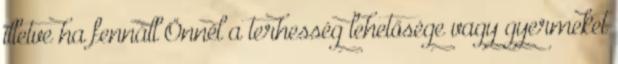
illetve ha fennáll Önnél a terhesség lehetősége vagy gyermeket